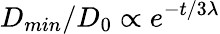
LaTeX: D_{min}/D_{0}\propto e^{-t/3\lambda}